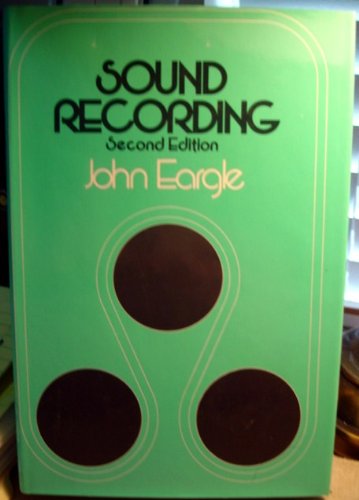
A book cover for Sound Recording; John Eargle; Crafts, Hobbies & Home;